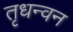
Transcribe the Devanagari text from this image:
तृधन्वन